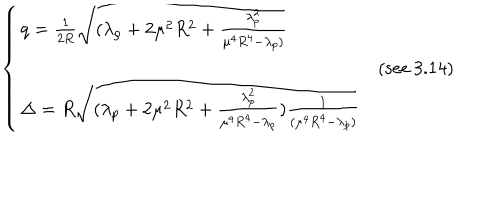
LaTeX: \left\{ \begin{array} { l l r } { { q = \frac { 1 } { 2 R } \sqrt { ( \lambda _ { \rho } + 2 \mu ^ { 2 } R ^ { 2 } + \frac { \lambda _ { p } ^ { 2 } } { \mu ^ { 4 } R ^ { 4 } - \lambda _ { p } ) } } } } & { { } } \\ { { } } & { { \mathrm { ( s e e ~ 3 . 1 4 ) } } } \\ { { \Delta = R \sqrt { ( \lambda _ { p } + 2 \mu ^ { 2 } R ^ { 2 } + \frac { \lambda _ { p } ^ { 2 } } { \mu ^ { 4 } R ^ { 4 } - \lambda _ { p } } ) \frac { 1 } { ( \mu ^ { 4 } R ^ { 4 } - \lambda _ { p } ) } } } } & { { } } \\ \end{array} \right.